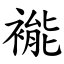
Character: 褦